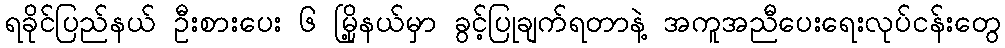
ရခိုင်ပြည်နယ် ဦးစားပေး ၆ မြို့နယ်မှာ ခွင့်ပြုချက်ရတာနဲ့ အကူအညီပေးရေးလုပ်ငန်းတွေ